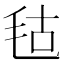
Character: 𣭎